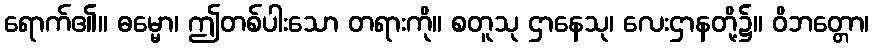
ရောက်၏။ ဓမ္မော၊ ဤတစ်ပါးသော တရားကို။ စတူသု ဌာနေသု၊ လေးဌာနတို့၌။ ဝိဘတ္တော၊